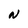
Character: N